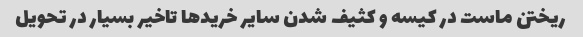
ریختن ماست در کیسه و کثیف شدن سایر خرید‌ها تاخیر بسیار در تحویل